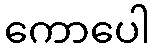
ကောပေါ